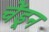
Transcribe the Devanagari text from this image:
चेंडून